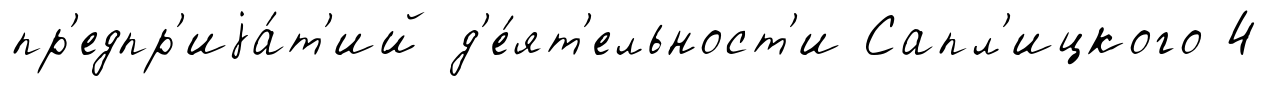
пр'едпр'иjа́т'ий д'е́ят'ельност'и Сапл'ицкого 4